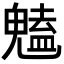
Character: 𮫥